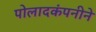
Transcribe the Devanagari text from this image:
पोलादकंपनीने